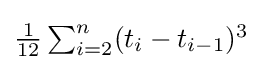
\textstyle {\frac {1}{12}}\sum _{i=2}^{n}(t_{i}-t_{i-1})^{3}